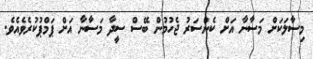
މިސާލަކަށް މަސާނާ އަށް ކެންސަރު ޖެހުމުން ބޭސް ސީދާ މަސާނާ އަށް ޕަމްޕުކުރެވެއެވެ.